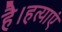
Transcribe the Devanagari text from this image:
है।हत्याएं